Source: Handwritten
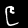
Digit: ၉ (9)